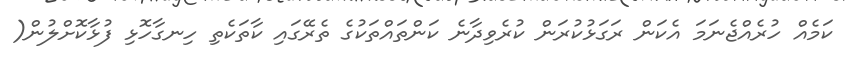
ކަމެއް ހުރެއްޖެނަމަ އެކަން ރަގަޅުކުރަން ކުރެވިދާނެ ކަންތައްތަކުގެ ތެރޭގައި ކާތަކެތި ހިނގާހޮޅި ފުޅާކޮށްލުން(